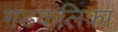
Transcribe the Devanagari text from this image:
गडकलिका